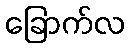
ခြောက်လ